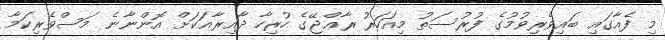
މި ފެއާގައި ބައިވެރިވުމުގެ ފުރުސަތު މިއަހަރު ރާޢްޖޭގެ ހުރިހާ ދާއިރާއަކަށް އޮންނާނެ މަސްވެރިކަމާ